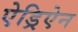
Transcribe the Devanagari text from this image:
ऐड्रिऐन